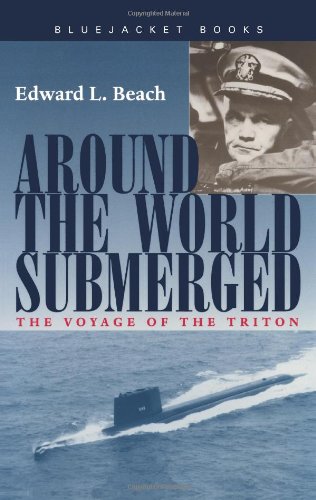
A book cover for Around the World Submerged: The Voyage of the Triton (Bluejacket Books); Edward L. Beach; Travel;